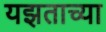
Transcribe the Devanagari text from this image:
यझताच्या